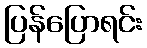
ပြန်ပြောရင်း